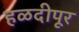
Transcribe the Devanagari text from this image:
हळदीपूर